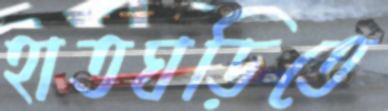
হাতঘড়িতে